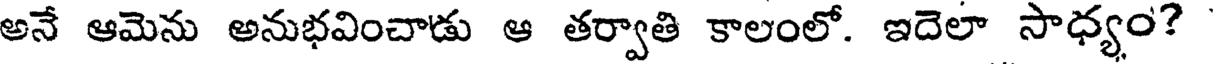
అనే ఆమెను అనుభవించాడు ఆ తర్వాతి కాలంలో. ఇదెలా సాధ్యం?